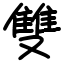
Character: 雙